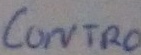
Text: control